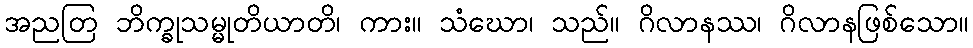
အညတြ ဘိက္ခုသမ္မုတိယာတိ၊ ကား။ သံဃော၊ သည်။ ဂိလာနဿ၊ ဂိလာနဖြစ်သော။